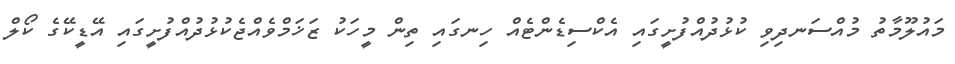
މައުލޫމާތު މުއްސަނދިވި ކުޅުދުއްފުށީގައި އެކްސިޑެންޓެއް ހިނގައި ތިން މީހަކު ޒަޚަމްވެއްޖެކުޅުދުއްފުށީގައި އޭޑީކޭގެ ކޯލް